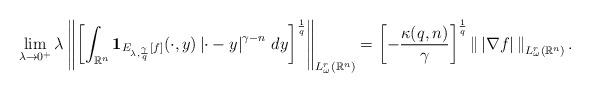
LaTeX: \begin{align*}&\lim_{\lambda\to0^+}\lambda\left\|\left[\int_{\mathbb{R}^n}\mathbf{1}_{E_{\lambda,\frac{\gamma}{q}}[f]}(\cdot,y)\left|\cdot-y\right|^{\gamma-n}\,dy\right]^\frac{1}{q}\right\|_{L^r_\omega(\mathbb{R}^n)}=\left[-\frac{\kappa(q,n)}{\gamma}\right]^\frac{1}{q}\left\|\,\left|\nabla f\right|\,\right\|_{L^r_\omega(\mathbb{R}^n)}.\end{align*}